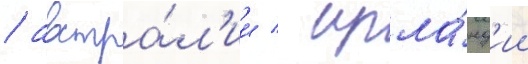
/ австра́л'ии / ирла́нд'ии